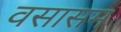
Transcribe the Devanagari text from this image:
वसासम